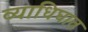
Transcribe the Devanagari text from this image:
व्याधिघात